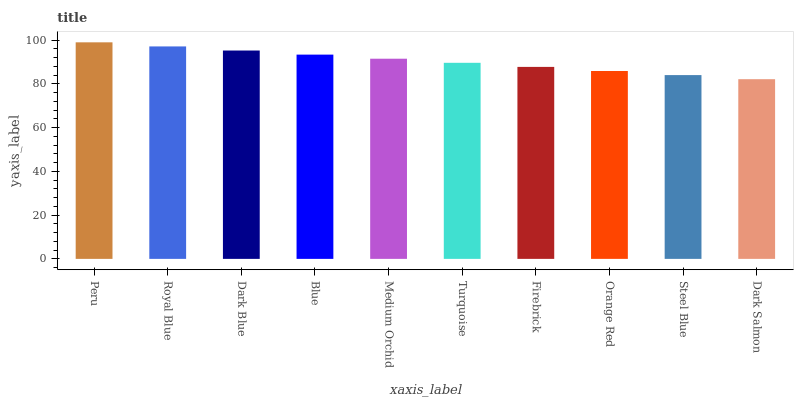
| xaxis_label | bars |
 | --- | --- |
 | Peru | 99 |
 | Royal Blue | 97.1 |
 | Dark Blue | 95.3 |
 | Blue | 93.4 |
 | Medium Orchid | 91.5 |
 | Turquoise | 89.6 |
 | Firebrick | 87.8 |
 | Orange Red | 85.9 |
 | Steel Blue | 84 |
 | Dark Salmon | 82.2 |